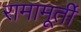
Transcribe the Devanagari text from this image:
रामामूर्ती